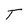
Character: T